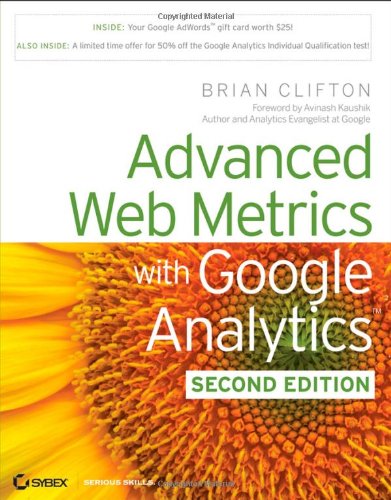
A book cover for Advanced Web Metrics with Google Analytics, 2nd Edition; Brian Clifton; Computers & Technology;